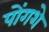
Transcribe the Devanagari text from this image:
पोंगशे